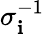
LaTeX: \sigma_{\mathbf{i}}^{-1}